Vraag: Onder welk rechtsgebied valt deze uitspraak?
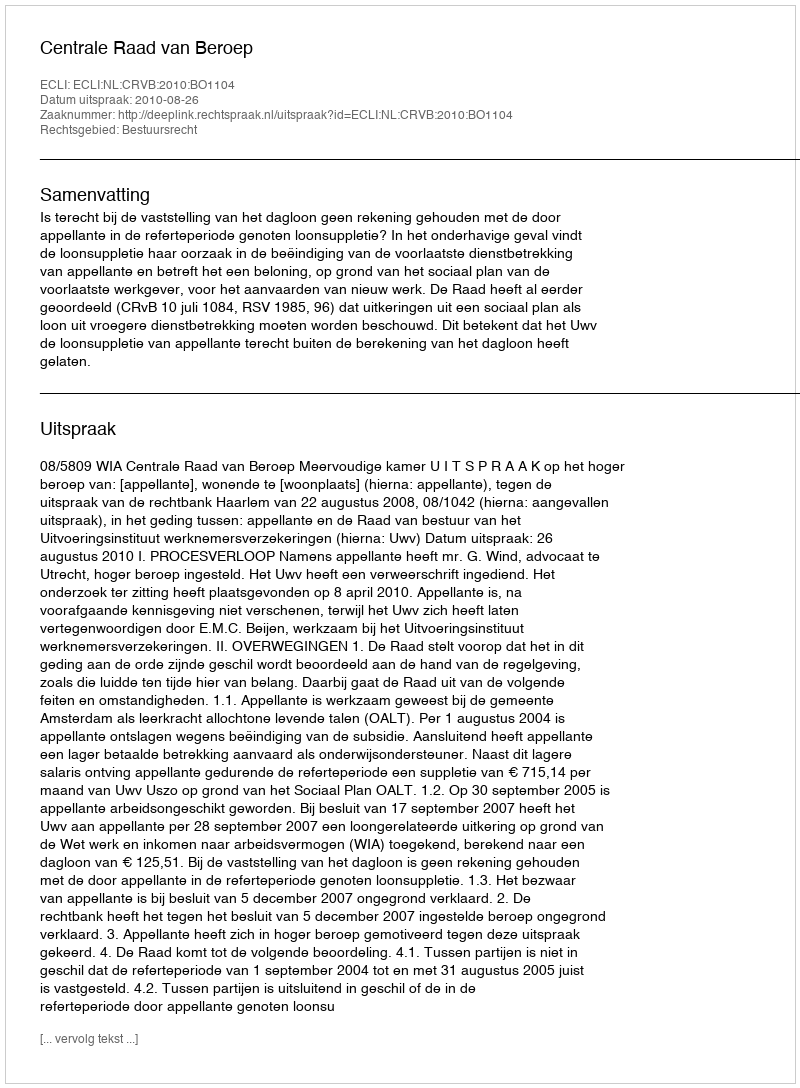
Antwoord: Bestuursrecht